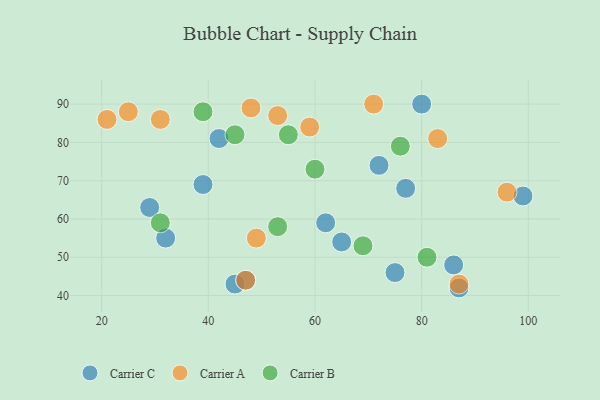
{"axis": {"x": "GDP", "y": "Life Expectancy"}, "legend": ["Carrier A", "Carrier B", "Carrier C"], "data": [{"x": "32", "y": 55, "type": "Carrier C"}, {"x": "87", "y": 42, "type": "Carrier C"}, {"x": "72", "y": 74, "type": "Carrier C"}, {"x": "99", "y": 66, "type": "Carrier C"}, {"x": "80", "y": 90, "type": "Carrier C"}, {"x": "86", "y": 48, "type": "Carrier C"}, {"x": "77", "y": 68, "type": "Carrier C"}, {"x": "45", "y": 43, "type": "Carrier C"}, {"x": "47", "y": 44, "type": "Carrier C"}, {"x": "65", "y": 54, "type": "Carrier C"}, {"x": "39", "y": 69, "type": "Carrier C"}, {"x": "42", "y": 81, "type": "Carrier C"}, {"x": "29", "y": 63, "type": "Carrier C"}, {"x": "75", "y": 46, "type": "Carrier C"}, {"x": "62", "y": 59, "type": "Carrier C"}, {"x": "49", "y": 55, "type": "Carrier A"}, {"x": "47", "y": 44, "type": "Carrier A"}, {"x": "21", "y": 86, "type": "Carrier A"}, {"x": "53", "y": 87, "type": "Carrier A"}, {"x": "31", "y": 86, "type": "Carrier A"}, {"x": "25", "y": 88, "type": "Carrier A"}, {"x": "83", "y": 81, "type": "Carrier A"}, {"x": "87", "y": 43, "type": "Carrier A"}, {"x": "59", "y": 84, "type": "Carrier A"}, {"x": "96", "y": 67, "type": "Carrier A"}, {"x": "71", "y": 90, "type": "Carrier A"}, {"x": "48", "y": 89, "type": "Carrier A"}, {"x": "31", "y": 59, "type": "Carrier B"}, {"x": "60", "y": 73, "type": "Carrier B"}, {"x": "76", "y": 79, "type": "Carrier B"}, {"x": "53", "y": 58, "type": "Carrier B"}, {"x": "45", "y": 82, "type": "Carrier B"}, {"x": "39", "y": 88, "type": "Carrier B"}, {"x": "69", "y": 53, "type": "Carrier B"}, {"x": "81", "y": 50, "type": "Carrier B"}, {"x": "55", "y": 82, "type": "Carrier B"}]}